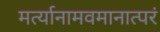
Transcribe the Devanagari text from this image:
मर्त्यानामवमानात्परं